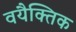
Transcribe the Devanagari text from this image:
वयैक्तिक